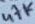
Text: 47K